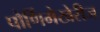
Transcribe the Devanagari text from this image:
पौर्णिमेखेरीज